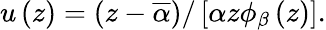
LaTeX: u\left(z\right)=\left(z-\overline{{\alpha}}\right)/\left[\alpha z\phi_{\beta}\left(z\right)\right].